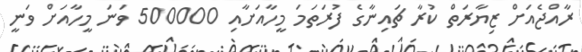
ރާއްޖެއަށް ޒިޔާރަތް ކުރާ ޗައިނާގެ ފުރަތަމަ މީހާއަށާއި 500000 ވަނަ މީހާއަށް ވަނީ